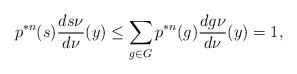
LaTeX: \begin{align*}p^{*n}(s) \frac{ds\nu}{d\nu}(y) \leq \sum_{g \in G} p^{*n}(g) \frac{dg\nu}{d\nu}(y) = 1, \end{align*}